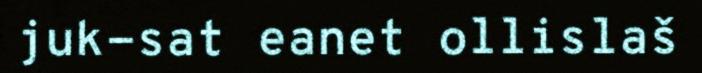
juk-sat eanet ollislaš